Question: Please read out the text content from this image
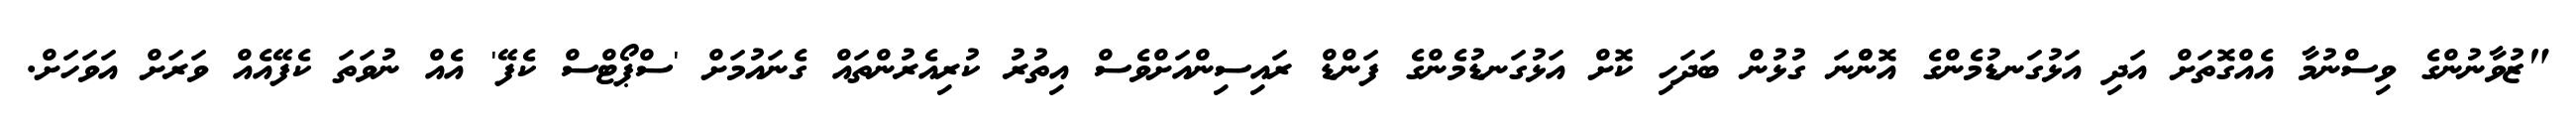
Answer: "ޒުވާނުންގެ ވިސްނުމާ އެއްގޮތަށް އަދި އަޅުގަނޑުމެންގެ އޮންްނަ ގުޅުން ބަދަހި ކޮށް އަޅުގަނޑުމެންގެ ފަންޑް ރައިސިންއަށްވެސް އިތުރު ކުރިއެރުންތައް ގެނައުމަށް 'ސްޕޯޓްސް ކެފޭ' އެއް ނުވަތަ ކެފޭއެއް ވަރަށް އަވަހަށް.